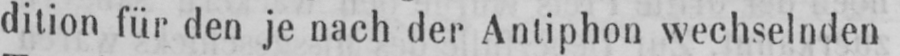
dition für den je nach der Antiphon wechselnden